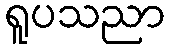
ရူပသညာ